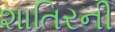
શાતિરની